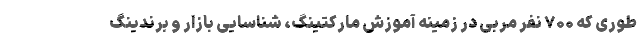
طوری که ۷۰۰ نفر مربی در زمینه آموزش مارکتینگ، شناسایی بازار و برندینگ